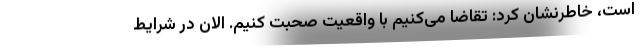
است، خاطرنشان کرد: تقاضا می‌کنیم با واقعیت صحبت کنیم. الان در شرایط